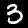
Digit: 3